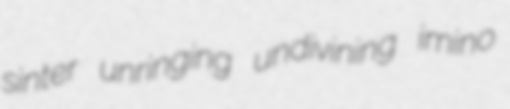
sinter unringing undivining imino